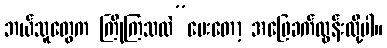
ဘယ်သူတွေက ကြိုကြသလဲ”မေးတော့ အဖြေခက်လွန်းလို့ပါ။